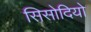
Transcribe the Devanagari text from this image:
सिसोदियो